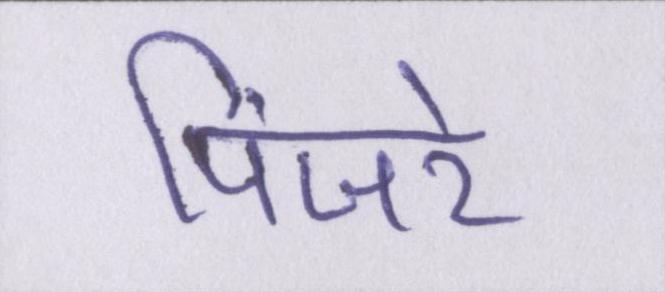
पिंजरे